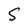
Character: S